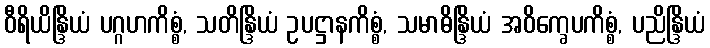
ဝီရိယိန္ဒြိယံ ပဂ္ဂဟကိစ္စံ, သတိန္ဒြိယံ ဥပဋ္ဌာနကိစ္စံ, သမာဓိန္ဒြိယံ အဝိက္ခေပကိစ္စံ, ပညိန္ဒြိယံ